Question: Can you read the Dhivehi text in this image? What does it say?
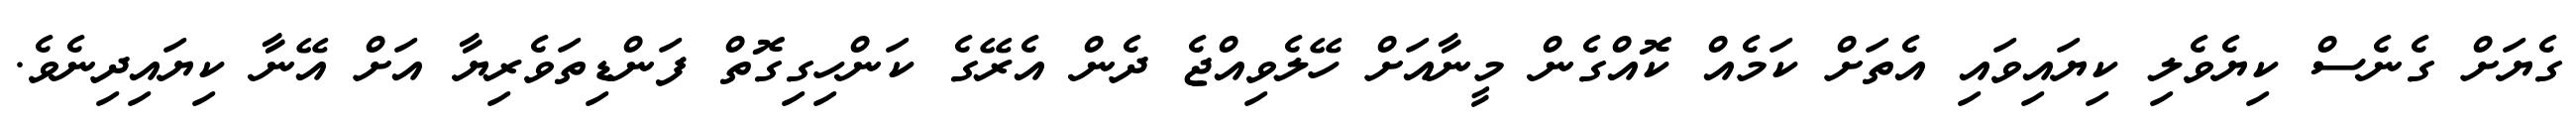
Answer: ގެޔަށް ގެނެސް ކިޔެވެލި ކިޔައިވައި އެތަށް ކަމެއް ކޮއްގެން މީނާއަށް ހޭލެވިއްޖެ ދެން އެރޭގެ ކަންހިގިގޮތް ފަންޑިތަވެރިޔާ އަށް އޭނާ ކިޔައިދިނެވެ.